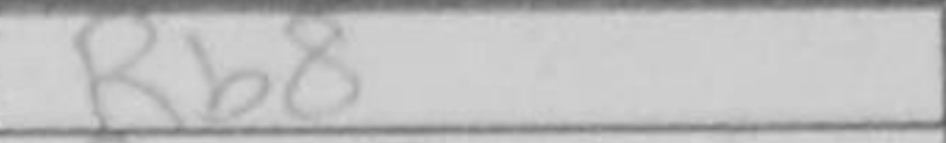
Transcription: Rb8